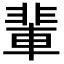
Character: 輩